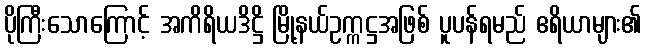
ပိုကြီးသောကြောင့် အကိရိယဒိဋ္ဌိ မြို့နယ်ဥက္ကဋ္ဌအဖြစ် ပူပန်ရမည် ဧရိယာများ၏